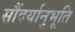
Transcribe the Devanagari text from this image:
सौंदर्यानुभूति